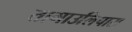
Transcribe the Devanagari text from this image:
तामाउलिपास